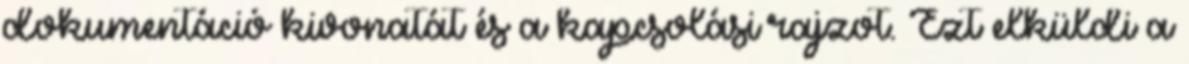
dokumentáció kivonatát és a kapcsolási rajzot. Ezt elküldi a